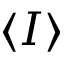
\langle I \rangle